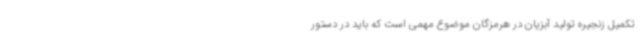
تکمیل زنجیره تولید آبزیان در هرمزگان موضوع مهمی است که باید در دستور